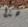
هذا